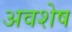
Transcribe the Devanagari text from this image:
अवशेष्‍ा